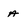
Character: a